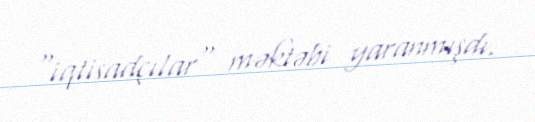
"iqtisadçılar" məktəbi yaranmışdı.